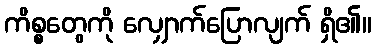
ကိစ္စတွေကို လျှောက်ပြောလျက် ရှိ၏။